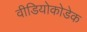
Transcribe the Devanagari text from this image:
वीडियोकोडेक